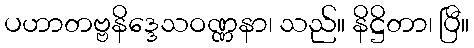
ပဟာတဗ္ဗနိဒ္ဒေသဝဏ္ဏနာ၊ သည်။ နိဋ္ဌိတာ၊ ပြီ။